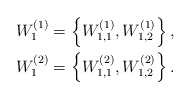
\begin{align*}\begin{aligned} W_1^{(1)}&=\left\{W_{1,1}^{(1)},W_{1,2}^{(1)}\right\},\\W_1^{(2)}&=\left\{W_{1,1}^{(2)},W_{1,2}^{(2)}\right\}.\end{aligned}\end{align*}